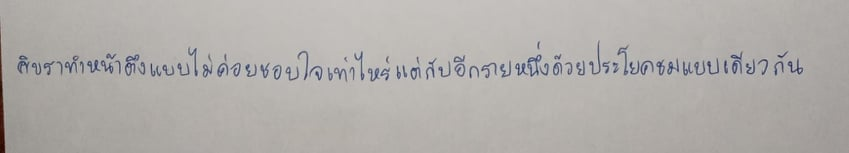
ศิขราทำหน้าตึงแบบไม่ค่อยชอบใจเท่าไหร่แต่กับอีกรายหนึ่งด้วยประโยคชมแบบเดียวกัน